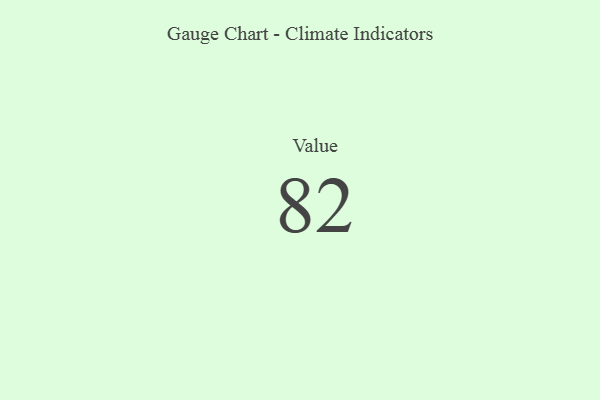
{"axis": {"x": "Metric", "y": "Value"}, "legend": [""], "data": [{"x": "Value", "y": 82, "type": ""}]}